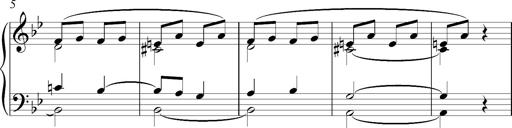
Title: PrÃ©lude Ã¡ la Polka d'Alexandre Porfiryevitch Borodine
Composer: Franz Liszt
Key: B-flat major